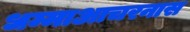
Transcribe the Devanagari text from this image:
धम्माआचरनास